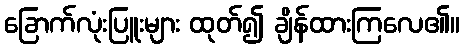
ခြောက်လုံးပြူးများ ထုတ်၍ ချိန်ထားကြလေ၏။